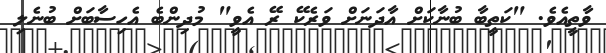
ވާތީއެވެ. "ކަތީބާ ބުނާކަށް އާދަނަށް ވަރެކޭ ރޭ އެެވީ" މުދިންބެ އެހިސާބަށް ބުނެލި